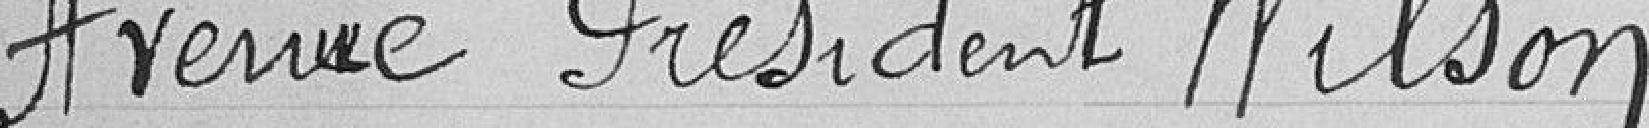
Avenue Président Wilson.